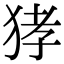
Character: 㹲